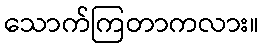
သောက်ကြတာကလား။